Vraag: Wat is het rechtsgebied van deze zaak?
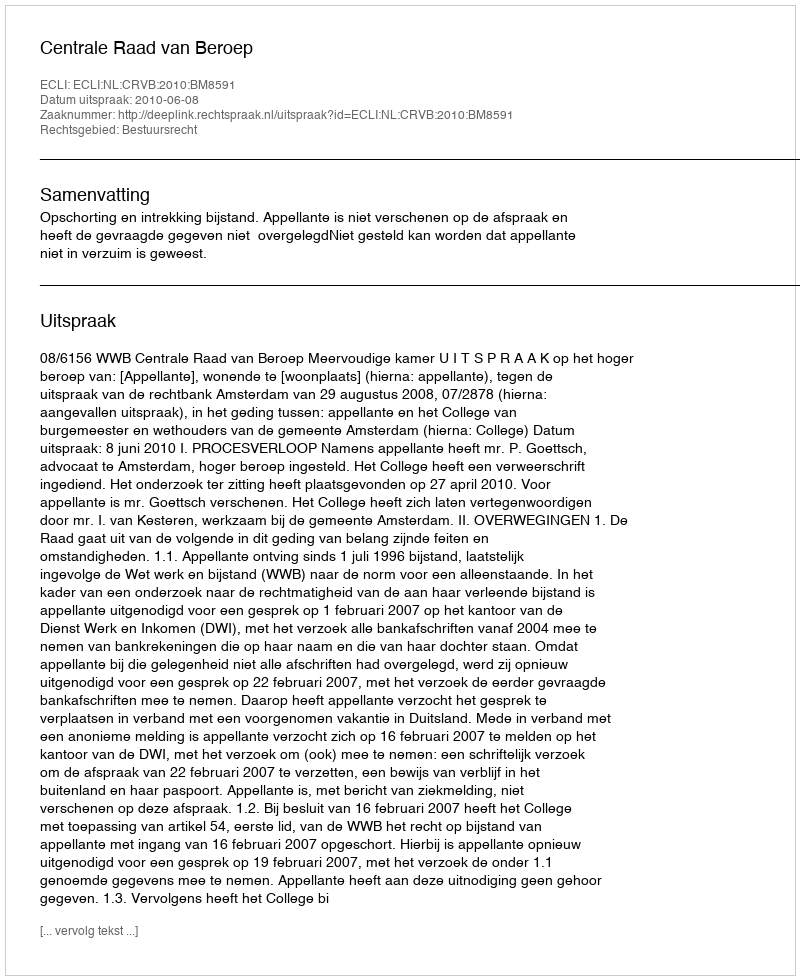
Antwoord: Bestuursrecht